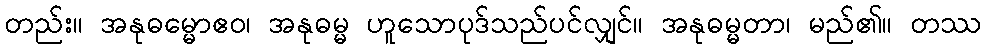
တည်း။ အနုဓမ္မောဧဝ၊ အနုဓမ္မ ဟူသောပုဒ်သည်ပင်လျှင်။ အနုဓမ္မတာ၊ မည်၏။ တဿ